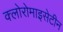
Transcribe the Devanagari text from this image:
क्लोरोमाइसेटीन